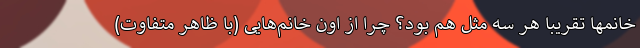
خانمها تقریبا هر سه مثل هم بود؟ چرا از اون خانم‌هایی (با ظاهر متفاوت)